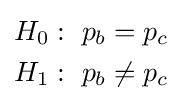
{\begin{aligned}H_{0}&:~p_{b}=p_{c}\\H_{1}&:~p_{b}\neq p_{c}\end{aligned}}